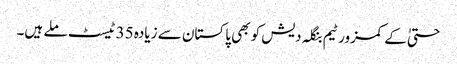
حتیٰ کے کمزور ٹیم بنگلہ دیش کو بھی پاکستان سے زیادہ 35 ٹیسٹ ملے ہیں۔